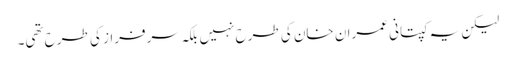
لیکن یہ کپتانی عمران خان کی طرح نہیں بلکہ سرفراز کی طرح تھی۔